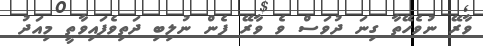
ވާރޭ ނުވެހޭތާ ގިނަ ދުވަސް ވެ ވާރޭ ފެން ނުލިބި ދަތިވެފައިވާތީ މިއަދު